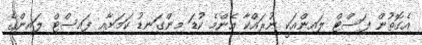
އެގޮތުން ފަސްޓް ލައިންއަކީ ނުރައްކާ އެންމެ ކުޑަ މިންގަނޑު ކަމަށާއި ފައިސްޓް ލައިންގެ